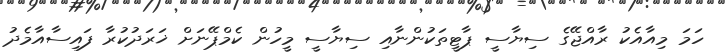
ހަމަ މިއާއެކު ރާއްޖޭގެ ސިޔާސީ ޕާޓީތަކުންނާއި ސިޔާސީ މީހުން ކެމްޕޭނަށް ޚަރަދުކުރާ ފައިސާއާމެދު